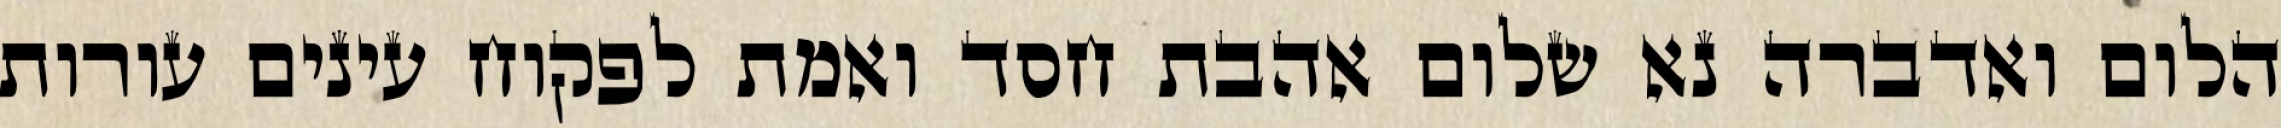
הלום ואדברה נא שלום אהבת חסד ואמת לפקוח עינים עורות